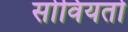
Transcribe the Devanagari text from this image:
सोवियतो